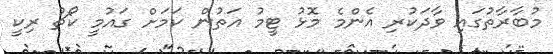
މުބާރާތުގައި ވާދަކުރި އެންމެ މޮޅު ޓީމު އަތުން ކަމަށް ގައުމީ ކޯޗު ރިކީ